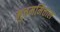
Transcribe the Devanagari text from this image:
मुत्तममित्ताल